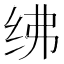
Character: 绋